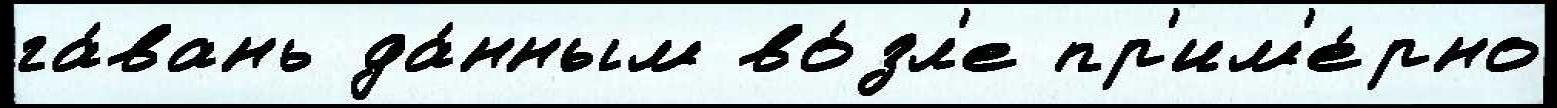
га́вань да́нным во́зл'е пр'им'е́рно